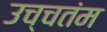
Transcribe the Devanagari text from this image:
उच्चतंम